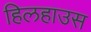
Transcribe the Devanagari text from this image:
हिलहाउस